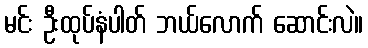
မင်း ဦးထုပ်နံပါတ် ဘယ်လောက် ဆောင်းလဲ။